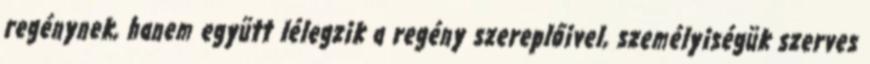
regénynek, hanem együtt lélegzik a regény szereplőivel, személyiségük szerves